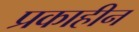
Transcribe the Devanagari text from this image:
प्रकाहीन